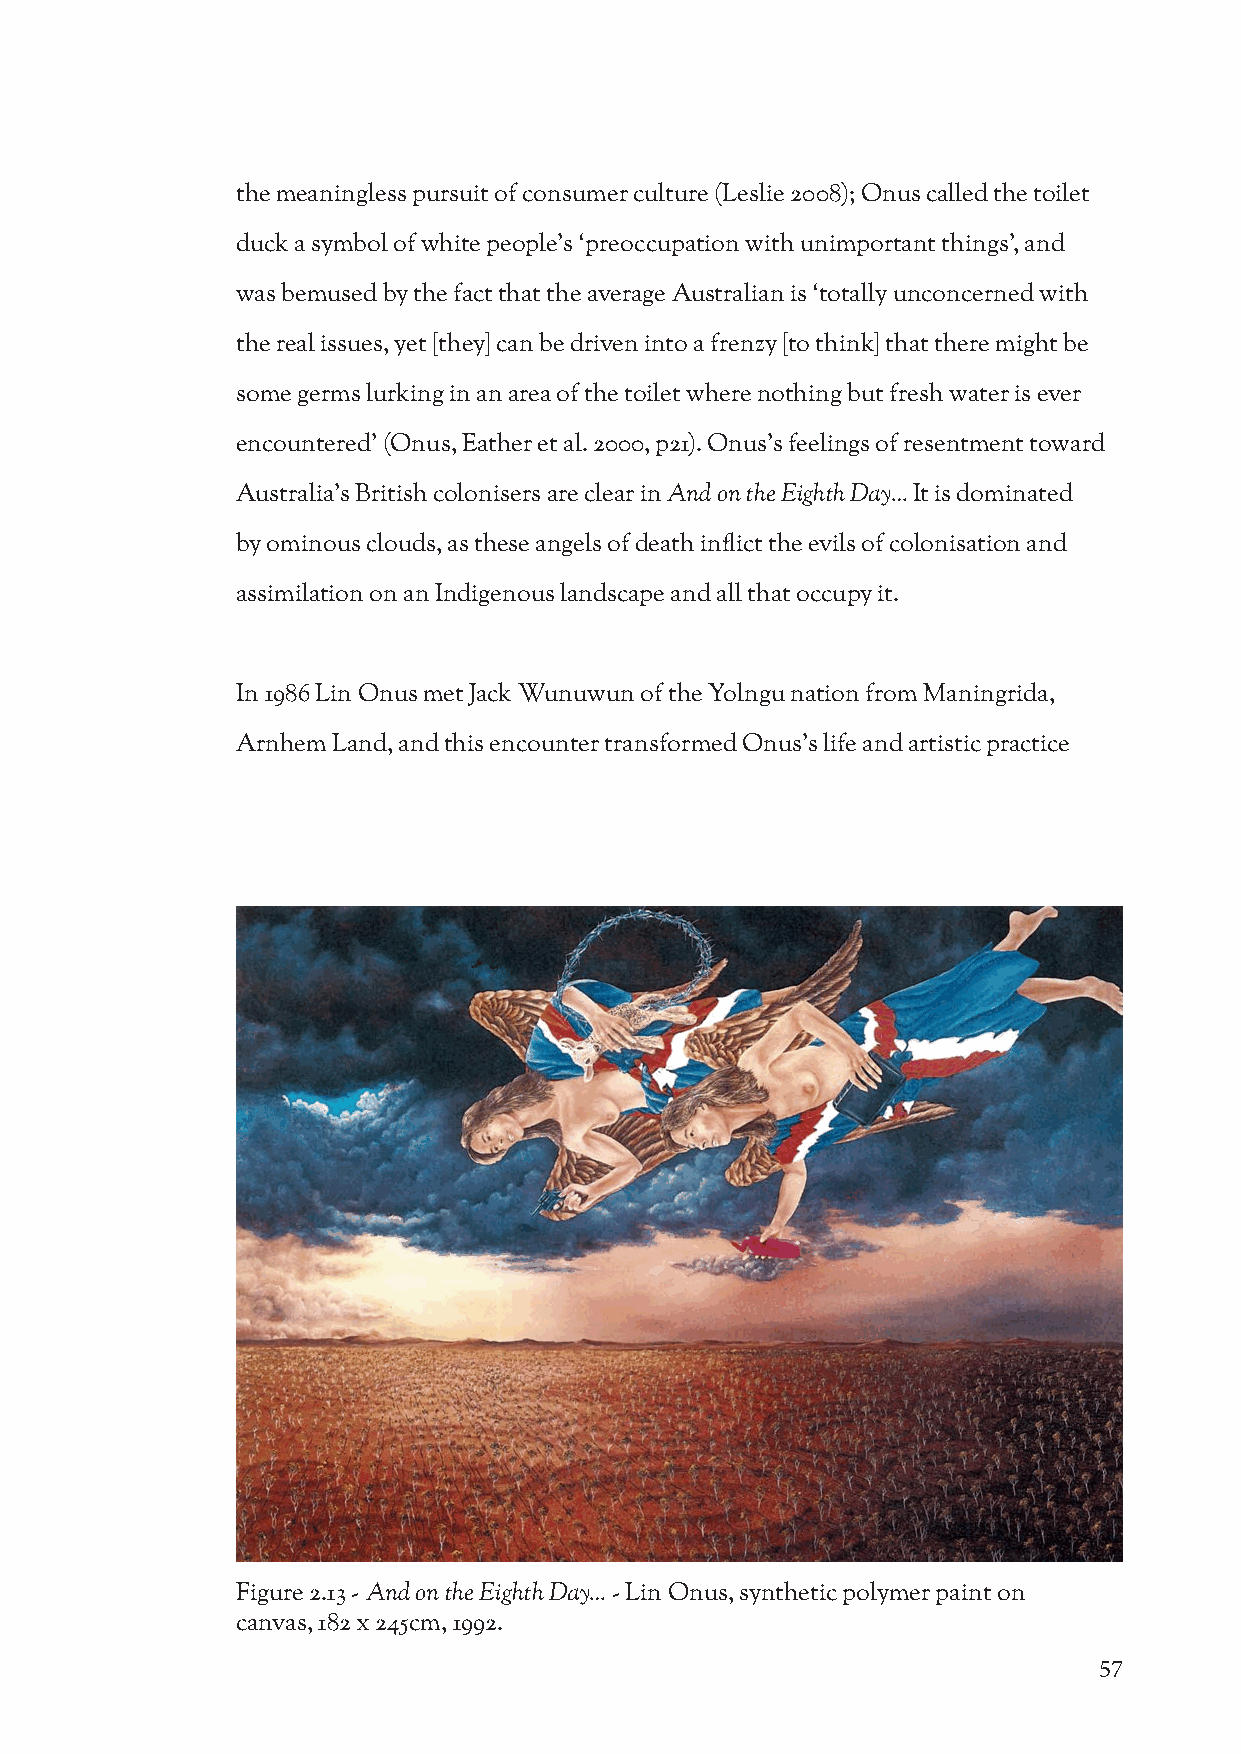
the meaningless pursuit of consumer culture (Leslie 2008); Onus called the toilet
 duck a symbol of white people’s ‘preoccupation with unimportant things’, and
 was bemused by the fact that the average Australian is ‘totally unconcerned with
 the real issues, yet [they] can be driven into a frenzy [to think] that there might be
 some germs lurking in an area of the toilet where nothing but fresh water is ever
 encountered’ (Onus, Eather et al. 2000, p21). Onus’s feelings of resentment toward
 Australia’s British colonisers are clear in And on the Eighth Day… It is dominated
 by ominous clouds, as these angels of death inflict the evils of colonisation and
 assimilation on an Indigenous landscape and all that occupy it.
 In 1986 Lin Onus met Jack Wunuwun of the Yolngu nation from Maningrida,
 Arnhem Land, and this encounter transformed Onus’s life and artistic practice
 Figure 2.13 - And on the Eighth Day… - Lin Onus, synthetic polymer paint on
 canvas, 182 x 245cm, 1992.
 57